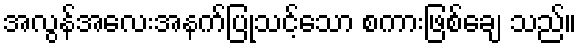
အလွန်အလေးအနက်ပြုသင့်သော စကားဖြစ်ချေ သည်။